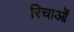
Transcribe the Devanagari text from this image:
रिचाओं